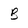
Character: B